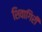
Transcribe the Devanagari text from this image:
शिवागिरी